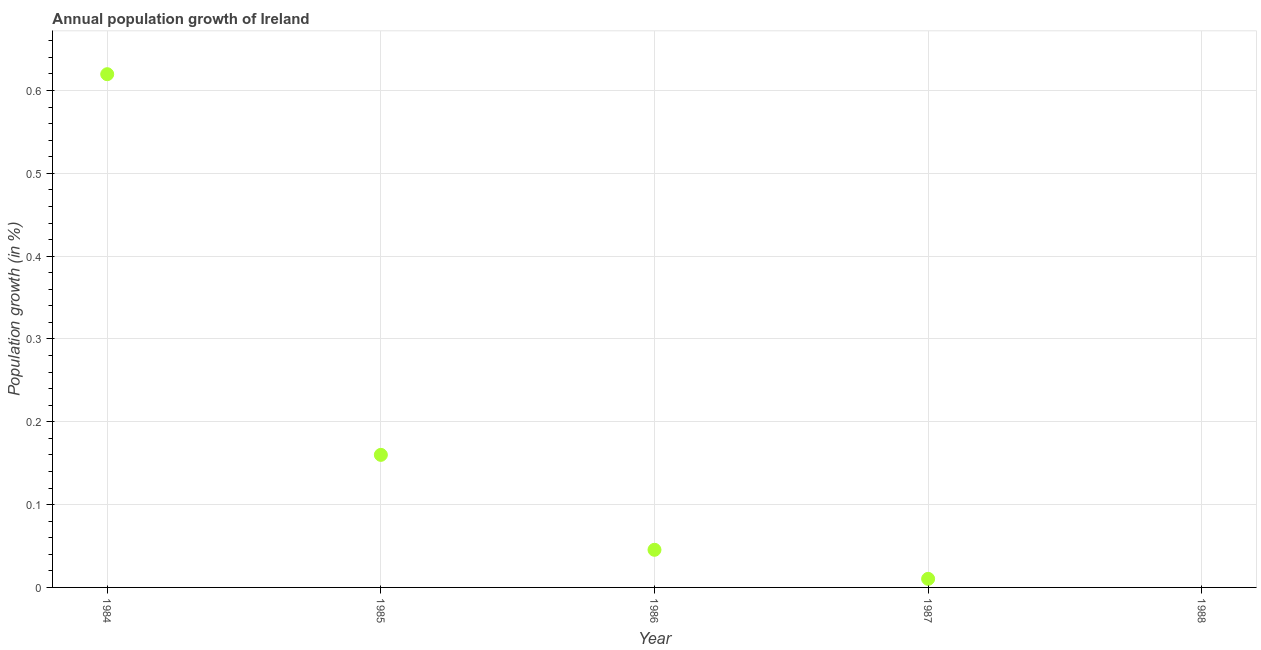
| Year | Population growth |
 | --- | --- |
 | 1984 | 0.62 |
 | 1985 | 0.16 |
 | 1986 | 0.0454 |
 | 1987 | 0.0104 |
 | 1988 | -0.428 |